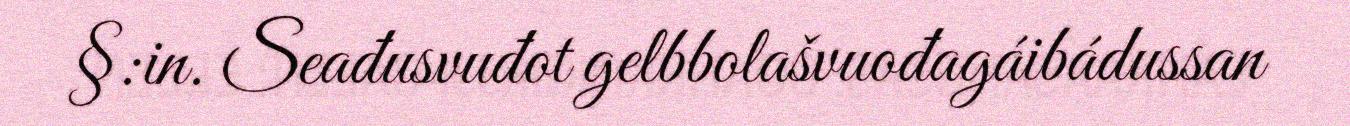
§:in. Seađusvuđot gelbbolašvuođagáibádussan